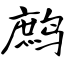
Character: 鹧